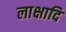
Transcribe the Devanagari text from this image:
लाक्षादि